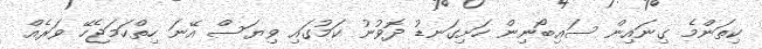
ކިތަންމެ ގިނައިން ސައިބޯނިން ހަށިގަނޑު ދޮވުނު ކަމުގައި ވިޔަސް އޭނަ ހިތްހަމަޖެހޭ ވަރެއް